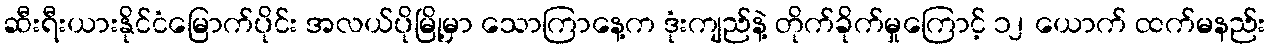
ဆီးရီးယားနိုင်ငံမြောက်ပိုင်း အလယ်ပိုမြို့မှာ သောကြာနေ့က ဒုံးကျည်နဲ့ တိုက်ခိုက်မှုကြောင့် ၁၂ ယောက် ထက်မနည်း